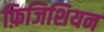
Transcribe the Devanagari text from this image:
फ़िजिशियन